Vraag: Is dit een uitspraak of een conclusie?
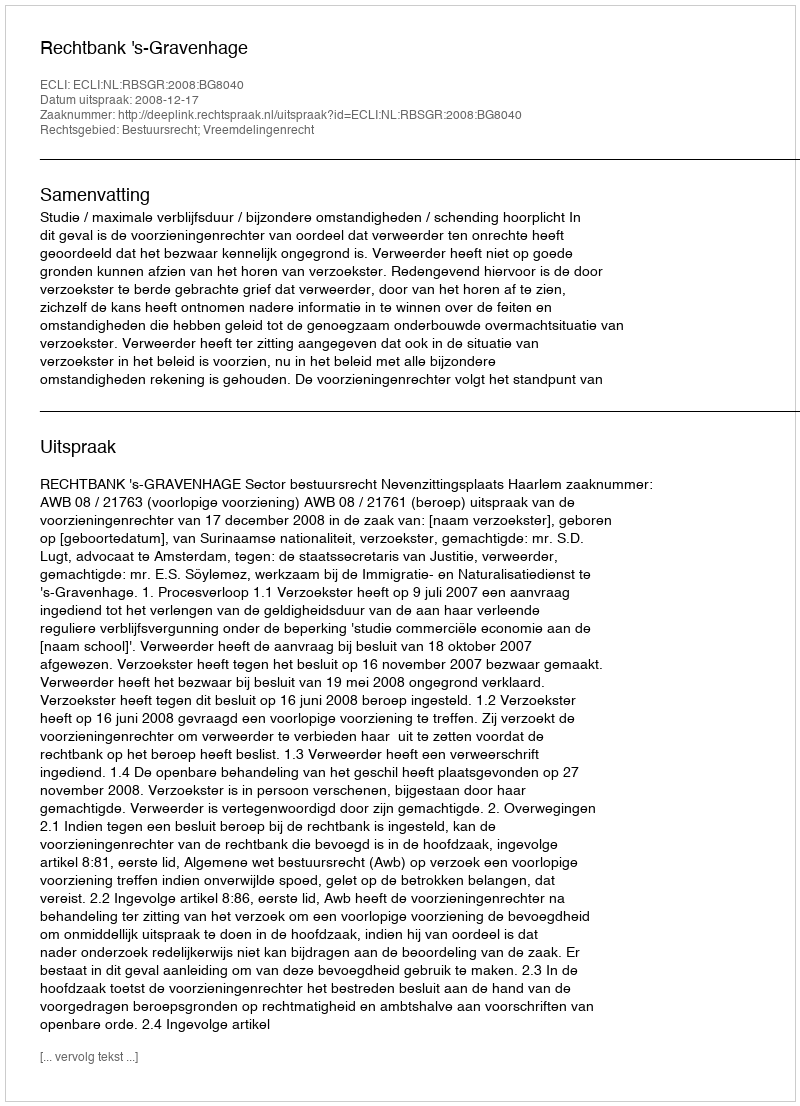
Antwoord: Uitspraak